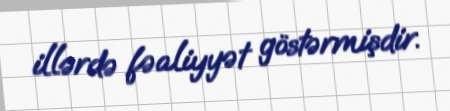
illərdə fəaliyyət göstərmişdir.